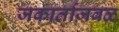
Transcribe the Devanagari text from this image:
जकार्ताजवळ